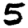
Digit: 5